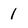
Character: 1